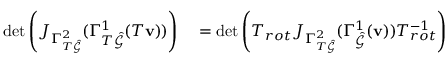
\begin{array} { r l } { \operatorname* { d e t } \left( J _ { \Gamma _ { T \hat { \mathcal { G } } } ^ { 2 } } ( \Gamma _ { T \hat { \mathcal { G } } } ^ { 1 } ( T \mathbf { v } ) ) \right) } & { { } = \operatorname* { d e t } \left( T _ { r o t } J _ { \Gamma _ { T \hat { \mathcal { G } } } ^ { 2 } } ( \Gamma _ { \hat { \mathcal { G } } } ^ { 1 } ( \mathbf { v } ) ) T _ { r o t } ^ { - 1 } \right) } \end{array}